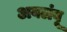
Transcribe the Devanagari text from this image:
अवलंबू